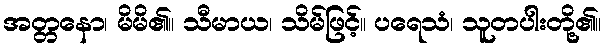
အတ္တနော၊ မိမိ၏။ သီမာယ၊ သိမ်ဖြင့်။ ပရေသံ၊ သူတပါးတို့၏။